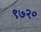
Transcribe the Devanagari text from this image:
९७२०